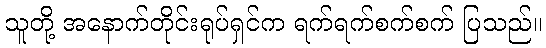
သူတို့ အနောက်တိုင်းရုပ်ရှင်က ရက်ရက်စက်စက် ပြသည်။